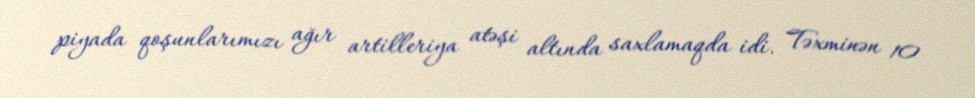
piyada qoşunlarımızı ağır artilleriya atəşi altında saxlamaqda idi. Təxminən 10